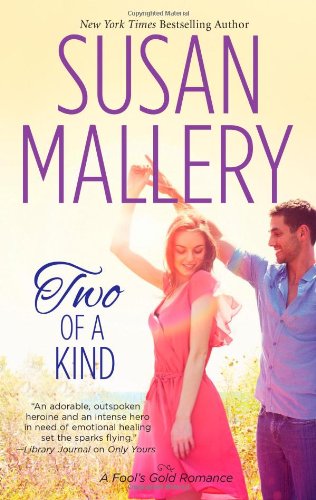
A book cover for Two of a Kind; Susan Mallery; Romance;